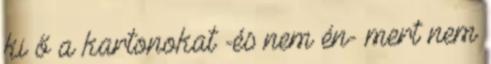
ki ő a kartonokat -és nem én- mert nem